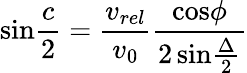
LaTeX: \mathrm{sin}{\frac{c}{2}}={\frac{v_{rel}}{v_{0}}}{\frac{\mathrm{cos}\phi}{2\, \mathrm{sin}{\frac{\Delta}{2}}}}